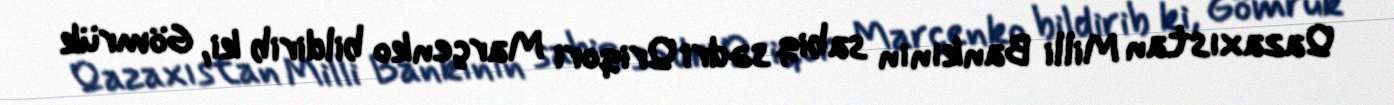
Qazaxıstan Milli Bankının sabiq sədri Qriqori Marçenko bildirib ki, Gömrük